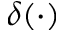
\delta ( \cdot )